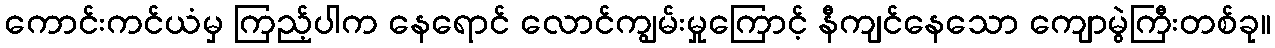
ကောင်းကင်ယံမှ ကြည့်ပါက နေရောင် လောင်ကျွမ်းမှုကြောင့် နီကျင်နေသော ကျောမွဲကြီးတစ်ခု။